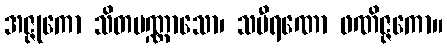
အဇ္ဇုကော သိတပဏ္ဏာသော၊ သမီရဏော ဖဏိဇ္ဇကော။